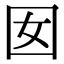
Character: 囡